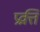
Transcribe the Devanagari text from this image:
प्रव्रत्ति